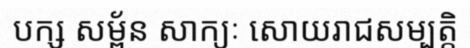
បក្ស សម្ព័ន សាក្យៈ សោយរាជសម្បត្តិ